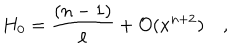
H _ { 0 } = \frac { ( n - 1 ) } { \ell } + { \cal O } ( x ^ { n + 2 } ) \quad ,